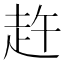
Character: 𧺴